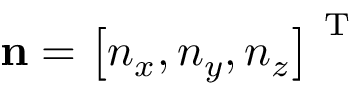
\mathbf { n } = \left[ n _ { x } , n _ { y } , n _ { z } \right] ^ { \mathrm { ~ T ~ } }